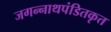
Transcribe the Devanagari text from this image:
जगन्नाथपंडितकृत